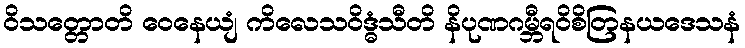
ဝိသတ္တောတိ ဝေနေယျံ ကိလေသဝိဒ္ဓံသီတိ နိပုဏဂမ္ဘီရဝိစိတြနယဒေသနံ